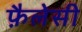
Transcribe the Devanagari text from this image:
फ़ैलेसी